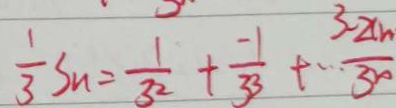
\frac { 1 } { 3 } S _ { n } = \frac { 1 } { 3 ^ { 2 } } + \frac { - 1 } { 3 3 } + \cdots \frac { 3 - 2 n } { 3 ^ { 2 } }